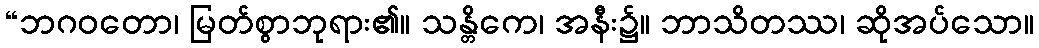
“ဘဂဝတော၊ မြတ်စွာဘုရား၏။ သန္တိကေ၊ အနီး၌။ ဘာသိတဿ၊ ဆိုအပ်သော။